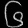
Digit: ၆